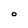
Character: O